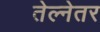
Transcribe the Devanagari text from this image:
तेल्नेतर